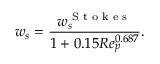
w _ { s } = \frac { w _ { s } ^ { \textrm { S t o k e s } } } { 1 + 0 . 1 5 R e _ { p } ^ { 0 . 6 8 7 } } .